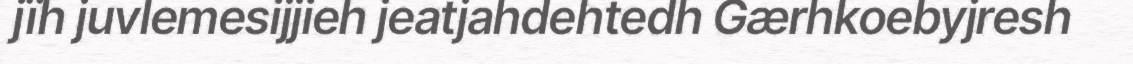
jïh juvlemesijjieh jeatjahdehtedh Gærhkoebyjresh